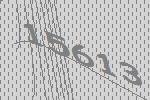
15613